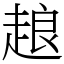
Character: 𧻴